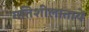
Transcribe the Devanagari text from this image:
गतिशीलातायें